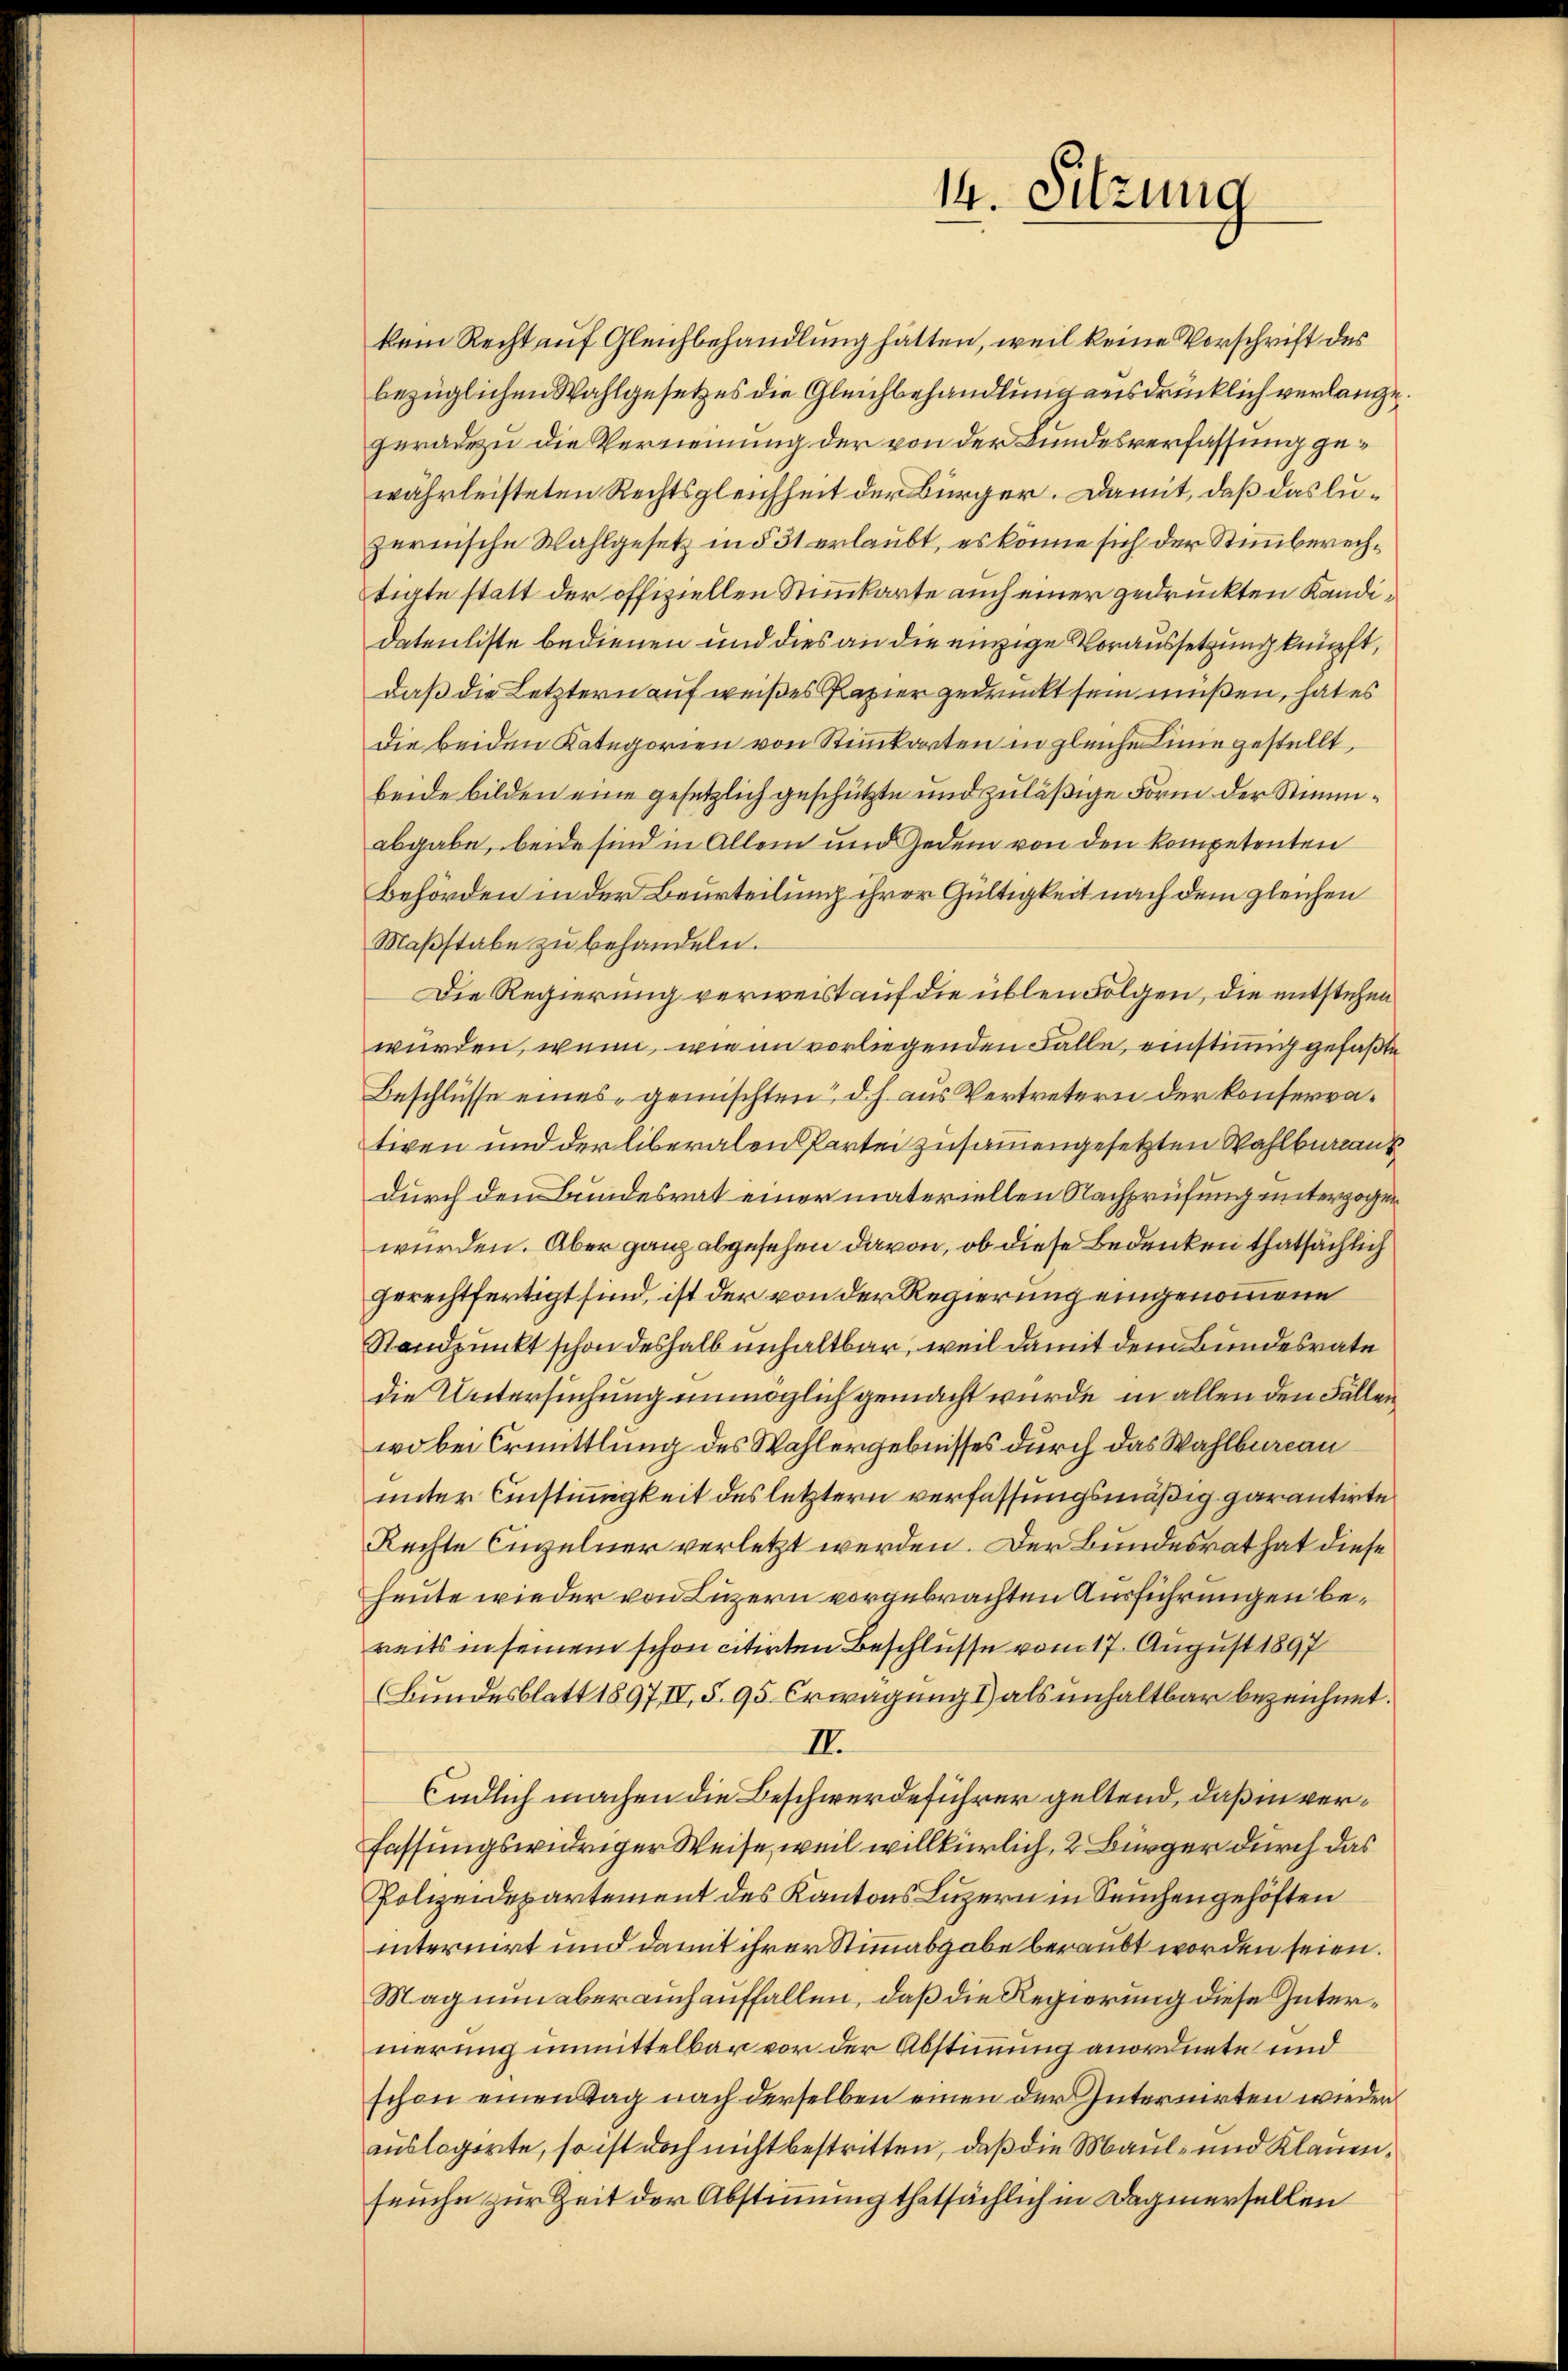
kein Recht auf Gleichbehandlung hätten, weil keine Vorschrift des
bezüglichen Wahlgesetzes die Gleichbehandlung ausdrücklich verlangegeradezu die Verneinung der von der Bundesverfassung gewährleisteten Rechtsgleichheit der Bürger. Damit, daß das luzerische Wahlgesetz in § 31 erlaubt, es könne sich der Stimmberechtigte statt der offiziellen Stimmkarte auch einer gedruckten Kandidatenliste bedienen und dies an die einzige Voraussetzung knüpft,
daß die Letztern auf weißes Papier gedrückt sein müßen, hat es
die beiden Kategorien von Stimmkarten in gleiche Linie gestellt,
beide bilden eine gesetzlich geschützte und zuläßige Form der Stimmabgabe, beide sind in Allem und Jedem von den kompetenten
Behörden in der Beurteilung ihrer Gültigkeit nach dem gleichen
Maβstabe zu behandeln.
Die Regierung verweist auf die üblen Folgen, die entstehen
wurden, wenn, wie im vorliegenden Falle, einstig gefaßte
Beschlüsse eines „geünschten d. h. aus Vertretern der konservatigen und der liberalen Partei zusammengesetzten Wahlbureau
durch den Bundesrat einer materiellen Nachprüfung unterzogen
wurden. Aber ganz abgesehen davon, ob diese Bedenken thatsächlich
gerechtfertigt sind, ist der von der Regierung eingenommene
Standpunkt schon deshalb unhaltbar, weil damit dem Bundesrate
die Untersuchung unmöglich gemacht wurde, in allen den Fällen
wobei Ermittlung des Wahlergebnisses durch das Wahlbureau
unter Einstimmigkeit des letztern verfassungsmäßig garantirte
Rechte Einzelner verletzt werden. Der Bundesrat hat diese
heute wieder von Luzern vorgebrachten Ausführungen bereits in seinem schon citirten Beschlüsse vom 17. August 1897
Bundesblatt 1897, IV, S. 95. Erwägung 1) als unhaltbar bezeichnet.
II.
lädlich machen die Beschwerdeführer geltend, daß in verfassungswidriger Weise, weil willkürlich, 2 Bürger durch das
Polizeidepartement des Kantons Luzern in Seuchengehöften
internirt und damit ihrer Stimmabgabe beraubt worden seien.
Mag nun aber auch auffallen, daß die Regierung diese Internerung unmittelbar vor der Abstimmung anordnete und
schon einen Tag nach derselben einen der Internirten wieder
auslagirte, so ist doch nicht bestritten, daß die Maul- und Klauenseuche zur Zeit der Abstimmung thatsächlich in Dagnersellen

14. Sitzung